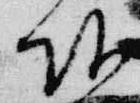
頭